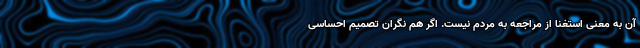
آن به معنی استغنا از مراجعه به مردم نیست. اگر هم نگران تصمیم احساسی